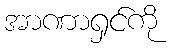
အာဏာရှင်ကို